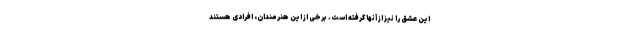
این عشق را نیز از آنها گرفته است. برخی از این هنرمندان، افرادی هستند